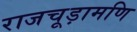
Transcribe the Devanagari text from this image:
राजचूड़ामणि